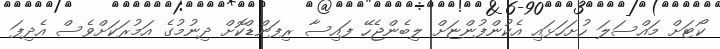
ކޯޓަށް މައްސަލަ ހުށަހަޅައި އެކުންފުންޏަށް ލިބެންޖެހޭ ފައިސާ ރިފަންޑްކޮށް ދިނުމުގެ އަމުރަކަށްވެސް އެދިފަ